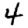
Digit: 4